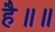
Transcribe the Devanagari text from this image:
है॥॥